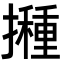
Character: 𭢸